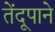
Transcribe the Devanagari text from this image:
तेंदूपाने